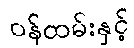
ဝန်ထမ်းနှင့်